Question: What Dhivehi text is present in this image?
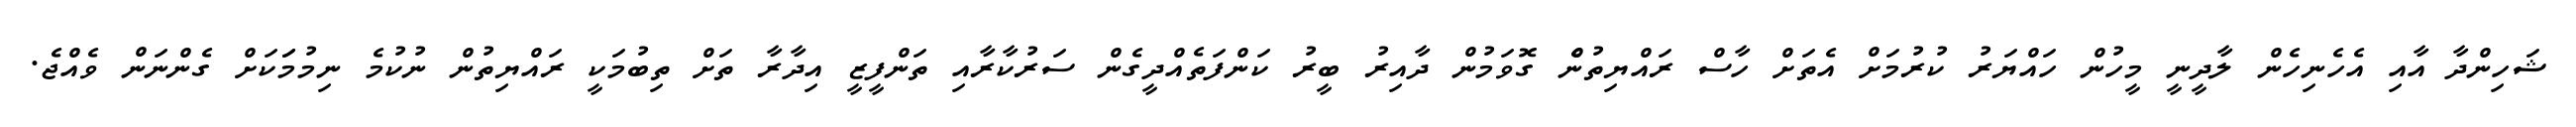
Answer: ޝަހިންދާ އާއި އެހެނިހެން ލާދީނީ މީހުން ހައްޔަރު ކުރުމަށް އެތަށް ހާސް ރައްޔިތުނެް ގޮވަމުން ދާއިރު ބީރު ކަންފަތެއްދީގެން ސަރުކާރާއި ތަންފީޒީ އިދާރާ ތަށް ތިބުމަކީ ރައްޔިތުން ނުކުމެ ނިމުމަަކަށް ގެންނަން ވެއްޖެ.